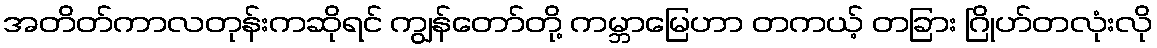
အတိတ်ကာလတုန်းကဆိုရင် ကျွန်တော်တို့ ကမ္ဘာမြေဟာ တကယ့် တခြား ဂြိုဟ်တလုံးလို